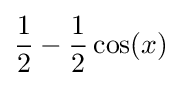
{\frac {1}{2}}-{\frac {1}{2}}\cos(x)